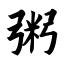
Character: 粥